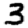
Digit: 3